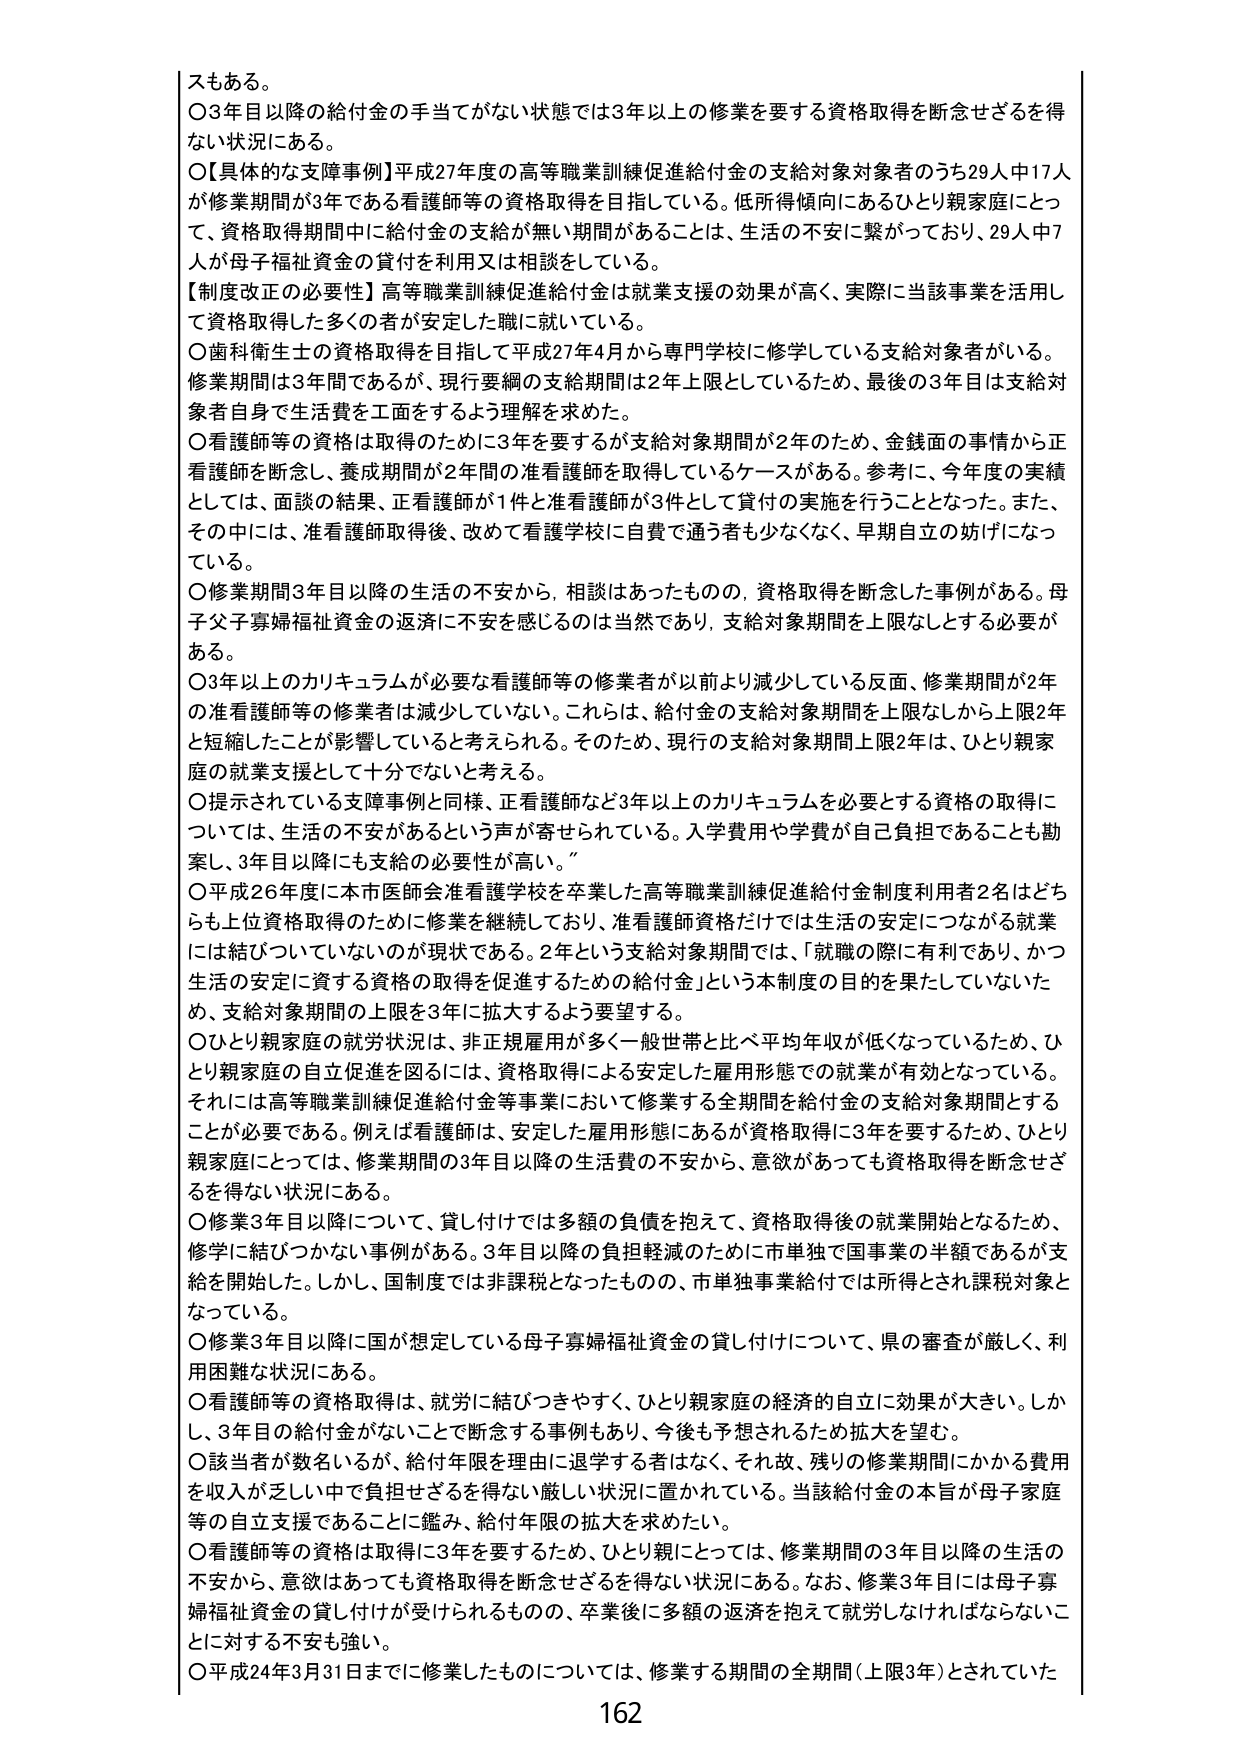
スもある。
○3年目以降の給付金の手当てがない状態では3年以上の修業を要する資格取得を断念せざるを得ない状況にある。
○【具体的な支障事例】平成27年度の高等職業訓練促進給付金の支給対象対象者のうち29人中17人が修業期間が3年である看護師等の資格取得を目指している。低所得傾向にあるひとり親家庭にとって、資格取得期間中に給付金の支給が無い期間があることは、生活の不安に繋がっており、29人中7人が母子福祉資金の貸付を利用又は相談をしている。
【制度改正の必要性】高等職業訓練促進給付金は就業支援の効果が高く、実際に当該事業を活用して資格取得した多くの者が安定した職に就いている。
○歯科衛生士の資格取得を目指して平成27年4月から専門学校に修学している支給対象者がいる。修業期間は3年間であるが、現行要綱の支給期間は2年上限としているため、最後の3年目は支給対象者自身で生活費を工面をするよう理解を求めた。
○看護師等の資格は取得のために3年を要するが支給対象期間が2年のため、金銭面の事情から正看護師を断念し、養成期間が2年間の准看護師を取得しているケースがある。参考に、今年度の実績としては、面談の結果、正看護師が1件と准看護師が3件として貸付の実施を行うこととなった。また、その中には、准看護師取得後、改めて看護学校に自費で通う者も少なくなく、早期自立の妨げになっている。
○修業期間3年目以降の生活の不安から、相談はあったものの、資格取得を断念した事例がある。母子父子寡婦福祉資金の返済に不安を感じるのは当然であり、支給対象期間を上限なしとする必要がある。
○3年以上のカリキュラムが必要な看護師等の修業者が以前より減少している反面、修業期間が2年の准看護師等の修業者は減少していない。これは、給付金の支給対象期間を上限なしから上限2年と短縮したことが影響していると考えられる。そのため、現行の支給対象期間上限2年は、ひとり親家庭の就業支援として十分でないと考える。
○提示されている支障事例と同様、正看護師など3年以上のカリキュラムを必要とする資格の取得については、生活の不安があるという声が寄せられている。入学費用や学費が自己負担であることも勘案し、3年目以降にも支給の必要性が高い。
○平成26年度に本市医師会准看護学校を卒業した高等職業訓練促進給付金制度利用者2名はどちらも上位資格取得のために修業を継続しており、准看護師資格だけでは生活の安定につながる就業には結びついていないのが現状である。2年という支給対象期間では、「就職の際に有利であり、かつ生活の安定に資する資格の取得を促進するための給付金」という本制度の目的を果たしていないため、支給対象期間の上限を3年に拡大するよう要望する。
○ひとり親家庭の就労状況は、非正規雇用が多く一般世帯と比べ平均年収が低くなっているため、ひとり親家庭の自立促進を図るには、資格取得による安定した雇用形態での就業が有効となっている。それには高等職業訓練促進給付金等事業において修業する全期間を給付金の支給対象期間とすることが必要である。例えば看護師は、安定した雇用形態にあるが資格取得に3年を要するため、ひとり親家庭にとっては、修業期間の3年目以降の生活費の不安から、意欲があっても資格取得を断念せざるを得ない状況にある。
○修業3年目以降について、貸し付けでは多額の負債を抱えて、資格取得後の就業開始となるため、修学に結びつかない事例がある。3年目以降の負担軽減のために市単独で国事業の半額であるが支給を開始した。しかし、国制度では非課税となったものの、市単独事業給付では所得とされ課税対象となっている。
○修業3年目以降に国が想定している母子寡婦福祉資金の貸し付けについて、県の審査が厳しく、利用困難な状況にある。
○看護師等の資格取得は、就労に結びつきやすく、ひとり親家庭の経済的自立に効果が大きい。しかし、3年目の給付金がないことで断念する事例もあり、今後も予想されるため拡大を望む。
○該当者が数名いるが、給付年限を理由に退学する者はなく、それ故、残りの修業期間にかかる費用を収入が乏しい中で負担せざるを得ない厳しい状況に置かれている。当該給付金の本旨が母子家庭等の自立支援であることに鑑み、給付年限の拡大を求めたい。
○看護師等の資格は取得に3年を要するため、ひとり親にとっては、修業期間の3年目以降の生活の不安から、意欲はあっても資格取得を断念せざるを得ない状況にある。なお、修業3年目には母子寡婦福祉資金の貸し付けが受けられるものの、卒業後に多額の返済を抱えて就労しなければならないことに対する不安も強い。
○平成24年3月31日までに修業したものについては、修業する期間の全期間（上限3年）とされていた
162